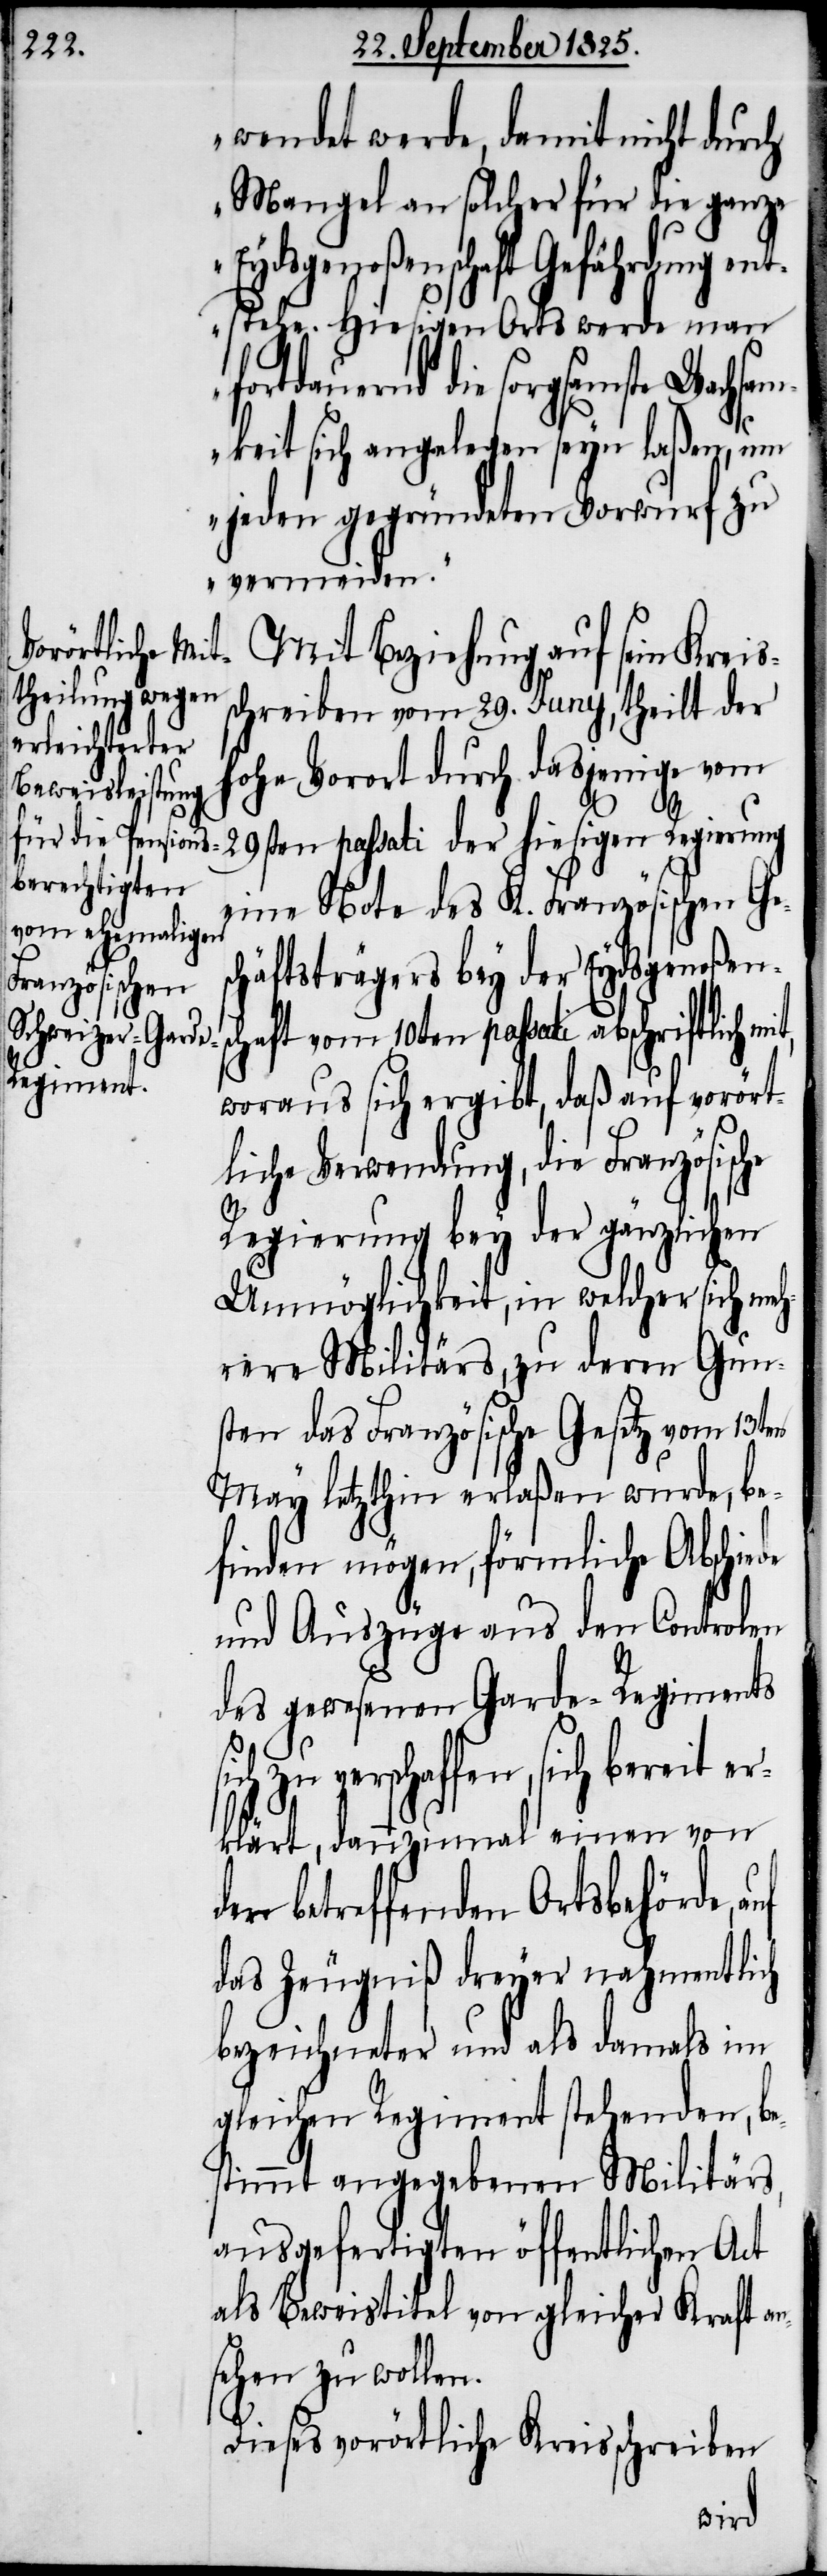
wendet werde, damit nicht durch
Mangel an solcher für die ganze
Eydsgenoßenschaft Gefährdung en¬
tstehe. Hiesigen Orts werde man
fortdauernd die sorgsamste Wachsam¬
keit sich angelegen seyn laßen, um
jeden gegründeten Vorwurf zu
vermeiden.
Mit Beziehung auf sein Kreis¬
scheiben vom 29. Juny, theilt der
hohe Vorort durch dasjenige vom
29sten passati der hiesigen Regierung
eine Note des K. Französischen Ges¬
chäftsträgers bey der Eydsgenoßens¬
chaft vom 10ten passati abschriftlich mit,
woraus sich ergibt, daß auf vorört¬
liche Verwendung, die Französisc¬
Regierung bey der gänzlichen
Unmöglichkeit, in welcher sich me¬
hrere Militärs, zu deren Gun¬
sten das Französische Gesetz vom 13ten
May letzthin erlaßen wurde, be¬
finden mögen, förmliche Abschiede
und Auszüge aus den Controlen
des gewesenen Garde-Regiments
ich zu verschaffen, sich bereit er¬
klärt, dannzumal einen von
der betreffenden Ortsbehörde,
das Zeugniß dreyer nahmentlich
bezeichneter und als damals im
gleichen Regiment stehenden, be¬
stimmt angegebenen Militärs,
ausgefertigten öffentlichen Act
als Beweistitel von gleicher Kraft an¬
sehen zu wollen.
Dieses vorörtliche Kreisschreiben
s¬